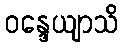
ဝန္ဒေယျာသိ